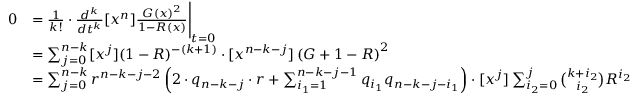
\begin{array} { r l } { 0 } & { = \frac { 1 } { k ! } \cdot \frac { d ^ { k } } { d t ^ { k } } [ x ^ { n } ] \frac { G ( x ) ^ { 2 } } { 1 - R ( x ) } \Bigg | _ { t = 0 } } \\ & { = \sum _ { j = 0 } ^ { n - k } [ x ^ { j } ] ( 1 - R ) ^ { - ( k + 1 ) } \cdot [ x ^ { n - k - j } ] \left( G + 1 - R \right) ^ { 2 } } \\ & { = \sum _ { j = 0 } ^ { n - k } r ^ { n - k - j - 2 } \left( 2 \cdot q _ { n - k - j } \cdot r + \sum _ { i _ { 1 } = 1 } ^ { n - k - j - 1 } q _ { i _ { 1 } } q _ { n - k - j - i _ { 1 } } \right) \cdot [ x ^ { j } ] \sum _ { i _ { 2 } = 0 } ^ { j } { \binom { k + i _ { 2 } } { i _ { 2 } } } R ^ { i _ { 2 } } } \end{array}